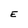
Character: E